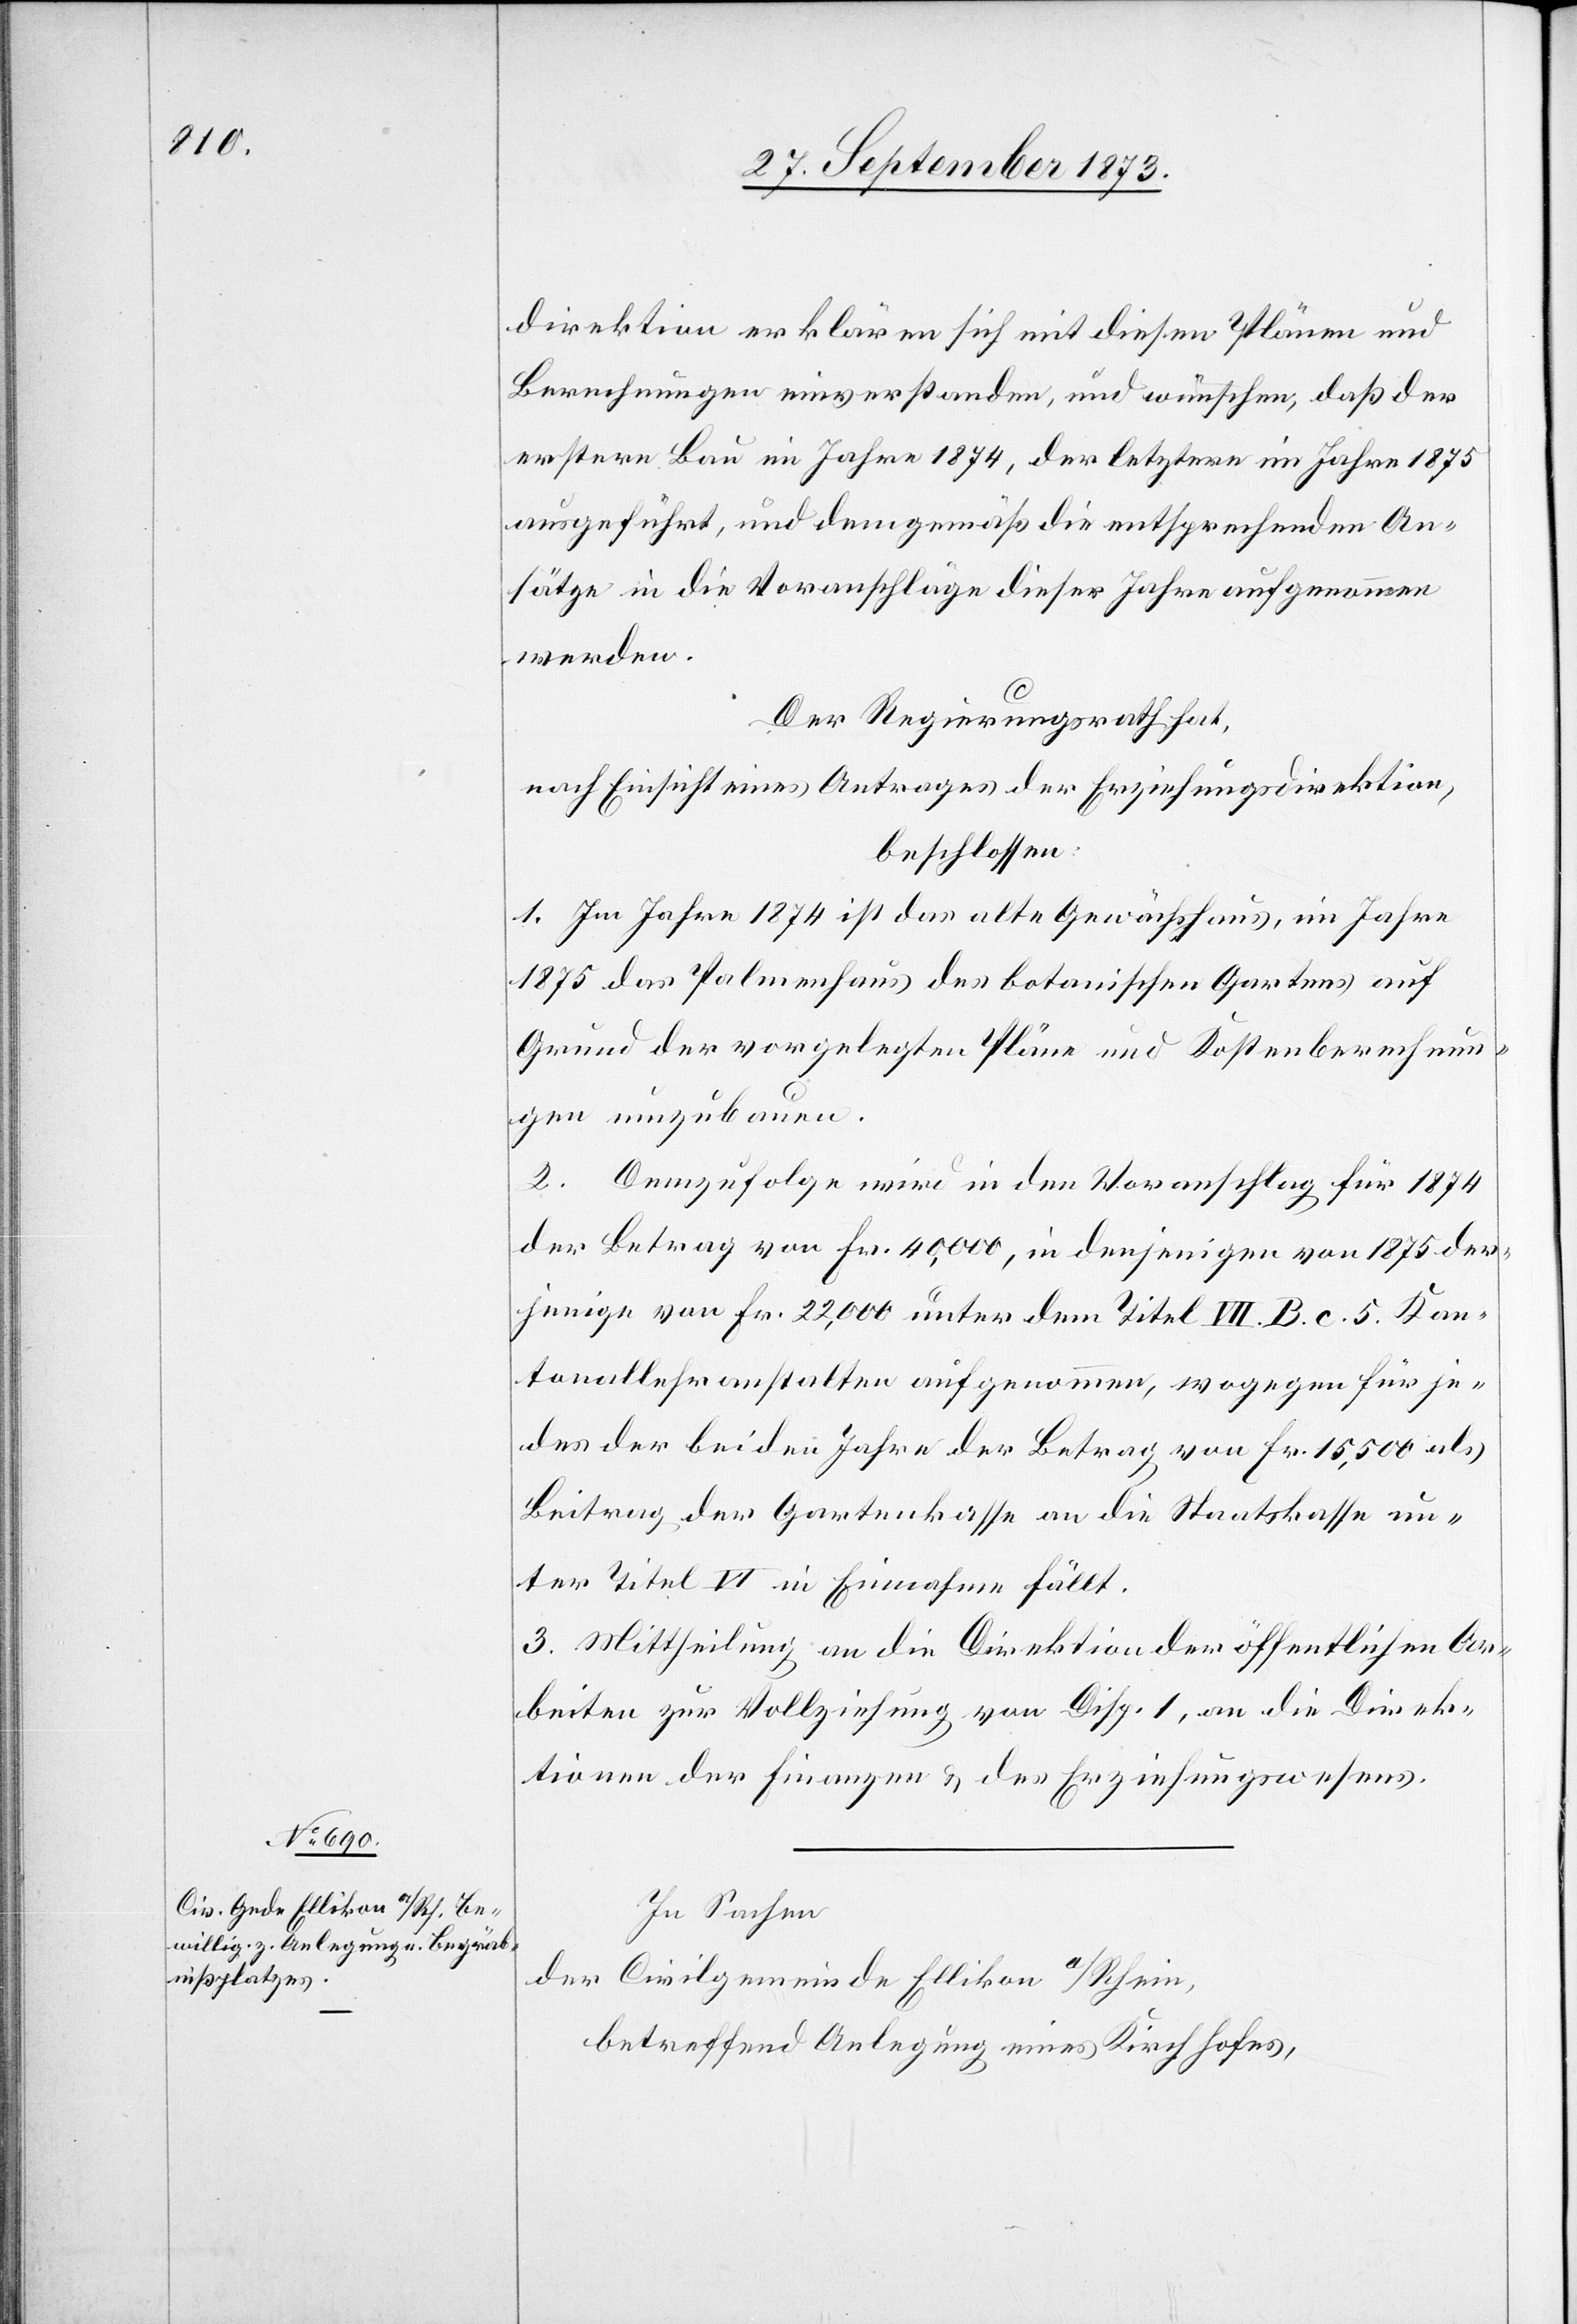
direktion erklären sich mit diesen Plänen und
Berechnungen einverstanden, und wünschen, daß der
erstere Bau im Jahre 1874, der letztere im Jahre 1875
ausgeführt, und demgemäß die entsprechenden An¬
sätze in die Voranschläge dieser Jahre aufgenommen
werden.
Der Regierungsrath hat,
nach Einsicht eines Antrages der Erziehungsdirektion,
beschlossen:
1. Im Jahre 1874 ist das alte Gewächshaus, im Jahre
1875 das Palmenhaus des botanischen Gartens auf
Grund der vorgelegten Pläne und Kostenberechnun¬
gen umzubauen.
2. Demzufolge wird in den Voranschlag für 1874
der Betrag von Fr. 40,000, in denjenigen von 1875 der¬
jenige von Fr. 22,000 unter dem Titel VII. B. c. 5. Kan¬
tonallehranstalten aufgenommen, wogegen für je¬
des der beiden Jahre der Betrag von Fr. 15,500 als
Beitrag der Gartenkasse an die Staatskasse un¬
ter Titel VI in Einnahme fällt.
3. Mittheilung an die Direktion der öffentlichen Ar¬
beiten zur Vollziehung von Disp. 1, an die Direk¬
tion der Finanzen & des Erziehungswesens.
In Sachen
der Civilgemeinde Ellikon a/Rhein,
betreffend Anlegung eines Kirchhofes,